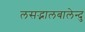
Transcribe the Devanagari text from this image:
लसद्भालबालेन्दु